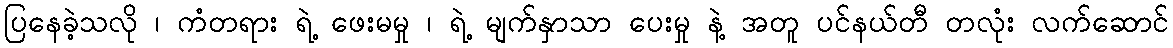
ပြနေခဲ့သလို ၊ ကံတရား ရဲ့ ဖေးမမှု ၊ ရဲ့ မျက်နှာသာ ပေးမှု နဲ့ အတူ ပင်နယ်တီ တလုံး လက်ဆောင်